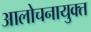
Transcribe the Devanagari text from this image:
आलोचनायुक्त